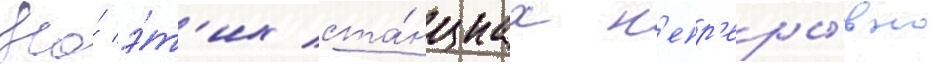
На́ э́т'их ста́нциах н'епр'еры́вно